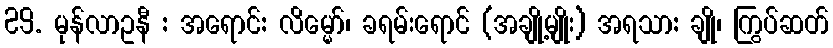
29. မုန်လာဥနီ : အရောင်: လိမ္မော်၊ ခရမ်းရောင် (အချို့မျိုး) အရသာ: ချို၊ ကြွပ်ဆတ်